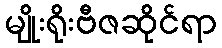
မျိုးရိုးဗီဇဆိုင်ရာ